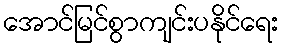
အောင်မြင်စွာကျင်းပနိုင်ရေး